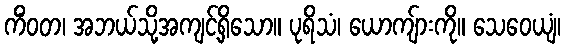
ကိံဝတ၊ အဘယ်သို့အကျင့်ရှိသော။ ပုရိသံ၊ ယောကျ်ားကို။ သေဝေယျံ၊